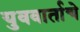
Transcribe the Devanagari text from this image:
युववार्ताचे